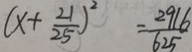
( x + \frac { 2 1 } { 2 5 } ) ^ { 2 } = \frac { 2 9 1 6 } { 6 2 5 }